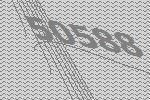
50588